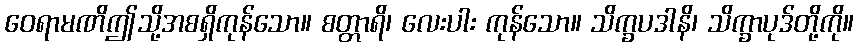
ဝေရာမဏိဤသို့အစရှိကုန်သော။ စတ္တာရိ၊ လေးပါး ကုန်သော။ သိက္ခပဒါနိ၊ သိက္ခာပုဒ်တို့ကို။